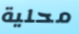
محلية